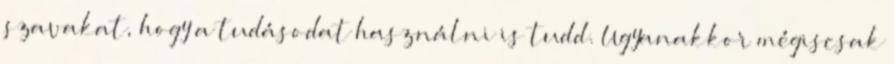
szavakat, hogy a tudásodat használni is tudd. Ugyanakkor mégiscsak